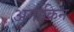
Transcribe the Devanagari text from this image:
अनाकिन